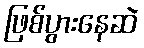
ဖြစ်ပွားနေဆဲ